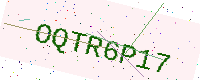
Text: OQTR6P17